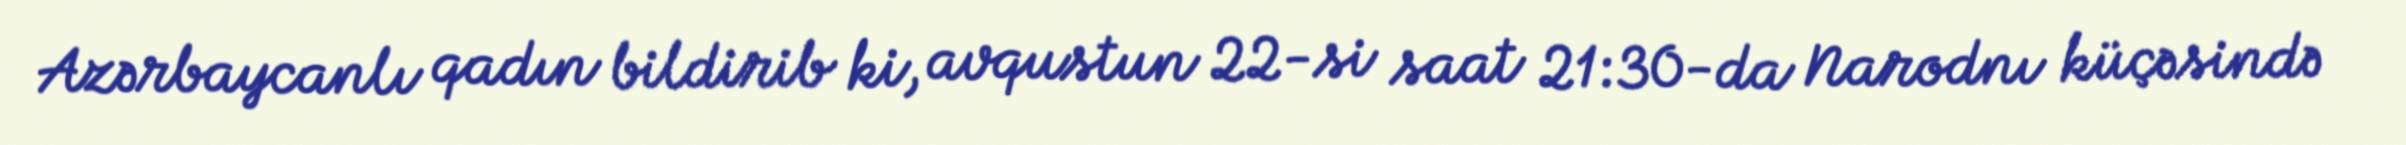
Azərbaycanlı qadın bildirib ki, avqustun 22-si saat 21:30-da Narodnı küçəsində